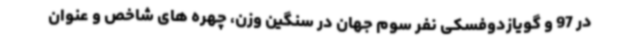
در 97 و گویازدوفسکی نفر سوم جهان در سنگین وزن، چهره های شاخص و عنوان